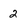
Character: 2